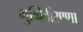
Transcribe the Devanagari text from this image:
गुब्बिवीरण्णा